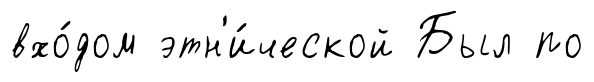
вхо́дом этн'и́ческой Был по